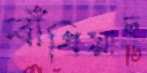
বাঁধিয়াছ